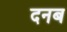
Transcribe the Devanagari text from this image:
दनब